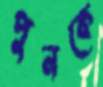
পুনকে